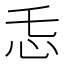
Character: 𱝾